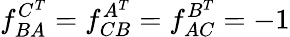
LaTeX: f_{BA}^{C^{T}}=f_{CB}^{A^{T}}=f_{AC}^{B^{T}}=-1